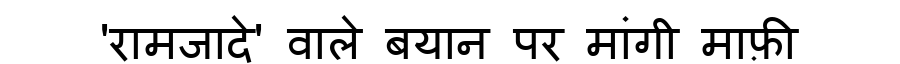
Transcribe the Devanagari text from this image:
'रामजादे' वाले बयान पर मांगी माफ़ी